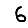
Digit: 6